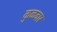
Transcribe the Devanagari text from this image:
कुळवार